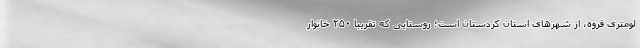
لومتری قروه، از شهرهای استان کردستان است؛ روستایی که تقریبا ۲۵۰ خانوار